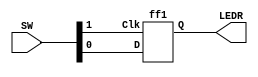
module part3 (SW, LEDR);
  input [1:0] SW;
  output [0:0] LEDR;

  wire Q;

  ff1 F0 (SW[1], SW[0], LEDR[0]);
endmodule

module ff (Clk, D, Q);
  input Clk, D;
  output Q;

  wire S, R;

  assign S = D;
  assign R = ~D;

  wire R_g, S_g, Qa, Qb;

  assign R_g = R & Clk;
  assign S_g = S & Clk;
  assign Qa = ~(R_g | Qb);
  assign Qb = ~(S_g | Qa);

  assign Q = Qa;
endmodule

module ff1 (Clk, D, Q);
  input Clk, D;
  output Q;

  wire Qm, Qn /* synthesis keep */ ;
  ff D0 (~Clk, D, Qm);
  ff D1 (Clk, Qm, Qn);

  assign Q = Qn;
endmodule